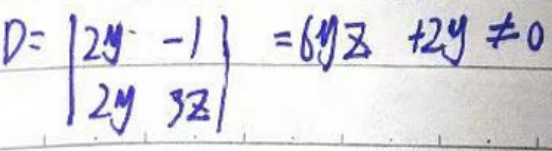
D=\begin{vmatrix}
2y & -1\\
2y & 3z
\end{vmatrix}=6yz +2y \neq 0